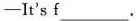
—It's f___.